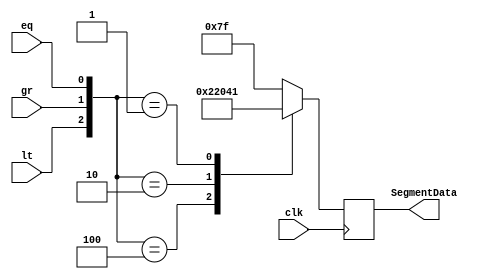
module DisplayComp (
    input lt,gr,eq,clk,
    output reg [6:0] SegmentData
);
    localparam Lessthan = 7'b0001000;
    localparam Greaterthan = 7'b1000000;
    localparam Equals = 7'b1000001;
    
    always @(posedge clk) begin
        
        case({lt,gr,eq})
            3'b100: SegmentData <= Lessthan;
            3'b010: SegmentData <= Greaterthan;
            3'b001: SegmentData <= Equals;
            default: SegmentData <= 7'b1111111;
        endcase
    end
endmodule